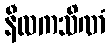
နီလကသိဏံ